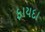
ફાયદા